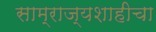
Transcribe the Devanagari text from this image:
साम्राज्यशाहीचा